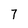
Character: 7